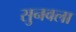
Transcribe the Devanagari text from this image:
सुनवला